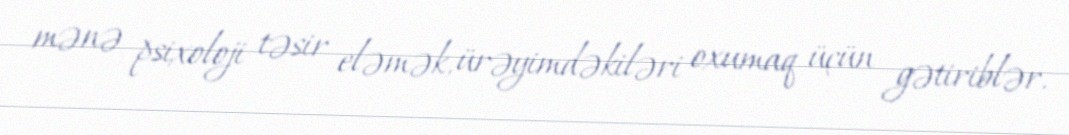
mənə psixoloji təsir eləmək, ürəyimdəkiləri oxumaq üçün gətiriblər.